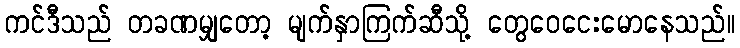
ကင်ဒီသည် တခဏမျှတော့ မျက်နှာကြက်ဆီသို့ တွေဝေငေးမောနေသည်။